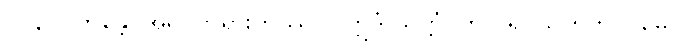
၁၇၃။ (ဘန္တေ၊ အရှင်ဘုရားကဿပ။ ဣဒံ သုတ္တံ၊ ဤဂါရဝသုတ်ကို။) မေ